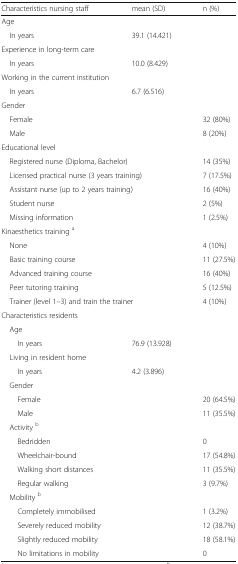
<table><thead><tr><td><b>Characteristics nursing staff</b></td><td><b>mean (SD)</b></td><td><b>n (%)</b></td></tr></thead><tbody><tr><td colspan="3">Age</td></tr><tr><td> In years</td><td>39.1 (14.421)</td><td></td></tr><tr><td colspan="3">Experience in long-term care</td></tr><tr><td> In years</td><td>10.0 (8.429)</td><td></td></tr><tr><td colspan="3">Working in the current institution</td></tr><tr><td> In years</td><td>6.7 (6.516)</td><td></td></tr><tr><td colspan="3">Gender</td></tr><tr><td> Female</td><td></td><td>32 (80%)</td></tr><tr><td> Male</td><td></td><td>8 (20%)</td></tr><tr><td colspan="3">Educational level</td></tr><tr><td colspan="2"> Registered nurse (Diploma, Bachelor)</td><td>14 (35%)</td></tr><tr><td colspan="2"> Licensed practical nurse (3 years training)</td><td>7 (17.5%)</td></tr><tr><td colspan="2"> Assistant nurse (up to 2 years training)</td><td>16 (40%)</td></tr><tr><td> Student nurse</td><td></td><td>2 (5%)</td></tr><tr><td> Missing information</td><td></td><td>1 (2.5%)</td></tr><tr><td colspan="3">Kinaesthetics training <sup>a</sup></td></tr><tr><td> None</td><td></td><td>4 (10%)</td></tr><tr><td> Basic training course</td><td></td><td>11 (27.5%)</td></tr><tr><td> Advanced training course</td><td></td><td>16 (40%)</td></tr><tr><td> Peer tutoring training</td><td></td><td>5 (12.5%)</td></tr><tr><td colspan="2"> Trainer (level 1–3) and train the trainer</td><td>4 (10%)</td></tr><tr><td colspan="3">Characteristics residents</td></tr><tr><td colspan="3"> Age</td></tr><tr><td>In years</td><td>76.9 (13.928)</td><td></td></tr><tr><td colspan="3"> Living in resident home</td></tr><tr><td>In years</td><td>4.2 (3.896)</td><td></td></tr><tr><td colspan="3"> Gender</td></tr><tr><td>Female</td><td></td><td>20 (64.5%)</td></tr><tr><td>Male</td><td></td><td>11 (35.5%)</td></tr><tr><td colspan="3"> Activity <sup>b</sup></td></tr><tr><td>Bedridden</td><td></td><td>0</td></tr><tr><td>Wheelchair-bound</td><td></td><td>17 (54.8%)</td></tr><tr><td>Walking short distances</td><td></td><td>11 (35.5%)</td></tr><tr><td>Regular walking</td><td></td><td>3 (9.7%)</td></tr><tr><td colspan="3"> Mobility <sup>b</sup></td></tr><tr><td>Completely immobilised</td><td></td><td>1 (3.2%)</td></tr><tr><td>Severely reduced mobility</td><td></td><td>12 (38.7%)</td></tr><tr><td>Slightly reduced mobility</td><td></td><td>18 (58.1%)</td></tr><tr><td>No limitations in mobility</td><td></td><td>0</td></tr></tbody></table>